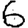
Digit: 6